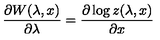
\frac { \partial W ( \lambda , x ) } { \partial \lambda } = \frac { \partial \log z ( \lambda , x ) } { \partial x }